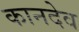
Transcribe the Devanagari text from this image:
कानदेव